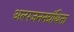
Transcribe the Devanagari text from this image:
अल्पजननग्रंथिता